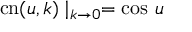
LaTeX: \mathrm { c n } ( u , k ) \mid _ { k \rightarrow 0 } = \cos \, u